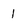
Character: 1